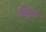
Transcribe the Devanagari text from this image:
मिहरे